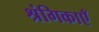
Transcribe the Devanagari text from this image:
श्रंगिकाएँ